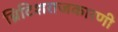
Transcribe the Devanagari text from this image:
ब्रिटिशराजकारणी